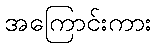
အကြောင်းကား